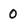
Character: 0